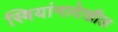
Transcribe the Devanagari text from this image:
स्त्रियांनादेखील